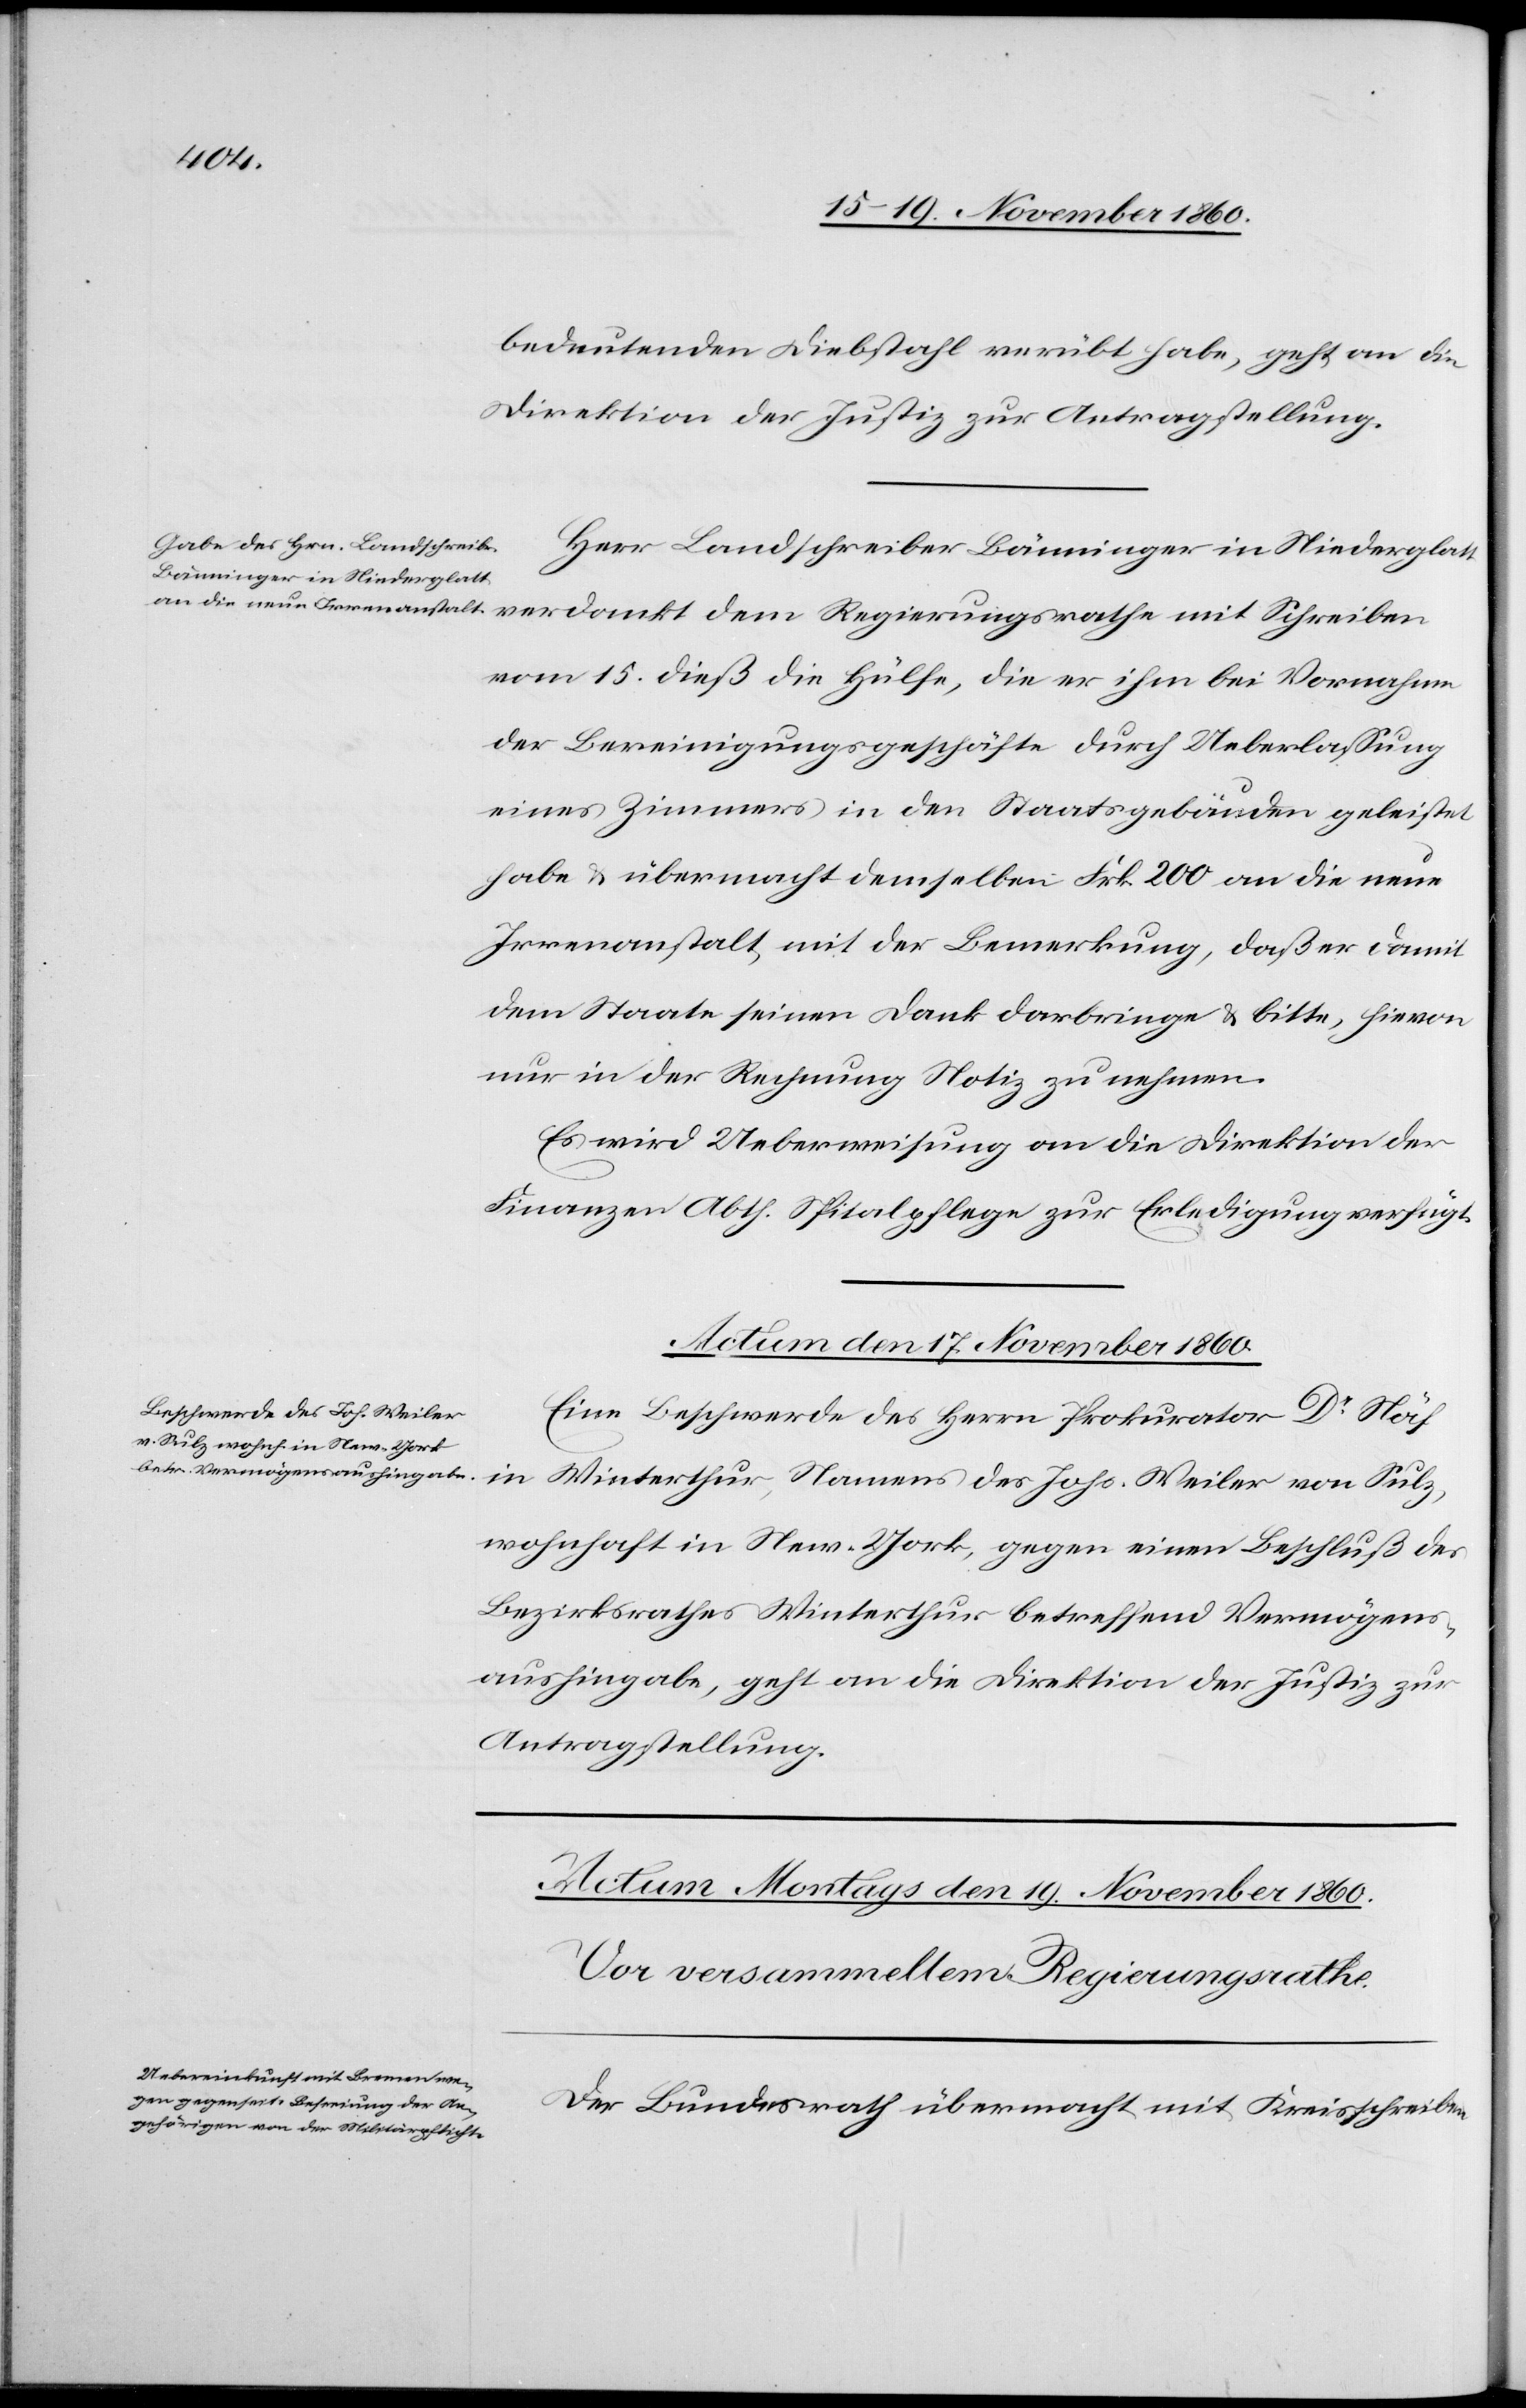
bedeutenden Diebstahl verübt habe, geht an die
Direktion der Justiz zur Antragstellung.
Herr Landschreiber Bänninger in Niederglatt
vom 15. dieß die Hülfe, die er ihm bei Vornahme
der Bereinigungsgeschäfte durch Ueberlassung
eines Zimmers in den Staatsgebäuden geleistet
habe u. übermacht demselben Frk. 200 an die neue
Irrenanstalt mit der Bemerkung, daß er damit
dem Staate seinen Dank darbringe u. bitte, hievon
nur in der Rechnung Notiz zu nehmen.
Es wird Ueberweisung an die Direktion der
Finanzen Abth. Spitalpflege zur Erledigung verfügt.
Actum den 17. November 1860.
Eine Beschwerde des Herrn Prokurator Dr Näf
[Präsidial-Verfügungen.]
in Winterthur, Namens des Johs. Weiler von Sulz,
wohnhaft in New-York, gegen einen Beschluß des
Bezirksrathes Winterthur betreffend Vermögens¬
aushingabe, geht an die Direktion der Justiz zur
Antragstellung.
Der Bundesrath übermacht mit Kreisschreiben